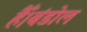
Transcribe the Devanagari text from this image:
हैँ।बंडोल